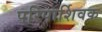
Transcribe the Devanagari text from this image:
परिपार्शिवक